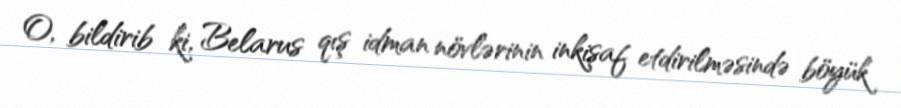
O, bildirib ki, Belarus qış idman növlərinin inkişaf etdirilməsində böyük